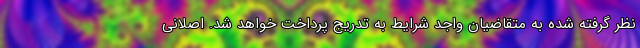
نظر گرفته شده به متقاضیان واجد شرایط به تدریج پرداخت خواهد شد. اصلانی